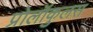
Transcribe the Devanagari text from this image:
प्रोलॉकुलस